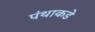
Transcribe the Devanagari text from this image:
पंथाकडे